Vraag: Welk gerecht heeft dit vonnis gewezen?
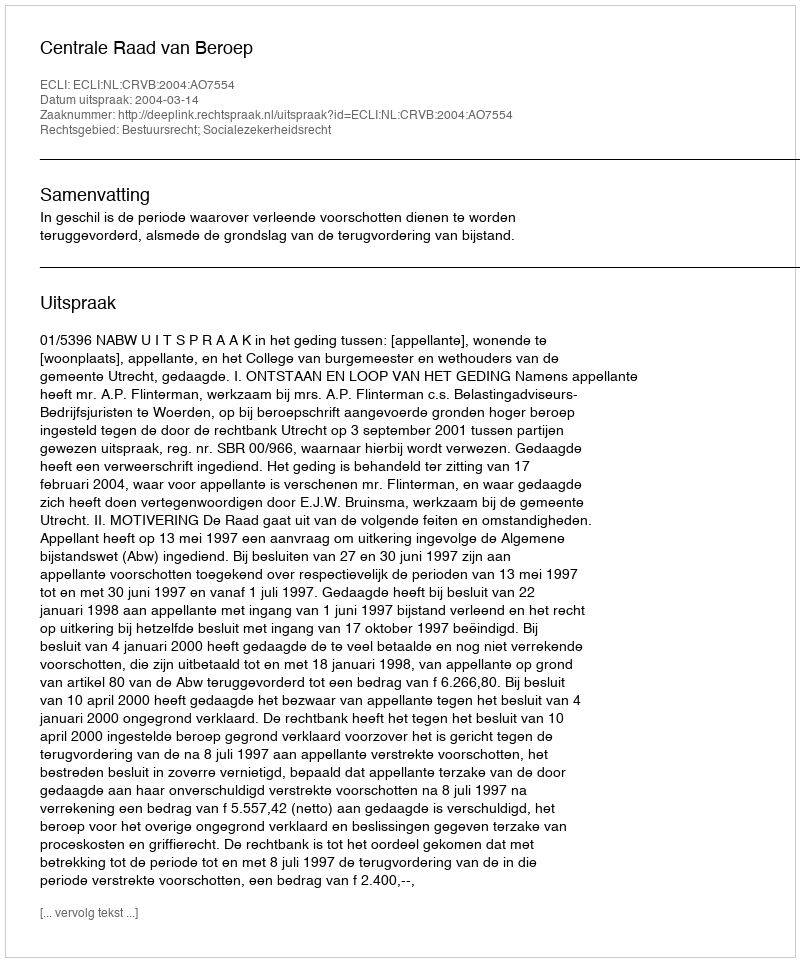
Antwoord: Centrale Raad van Beroep